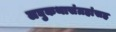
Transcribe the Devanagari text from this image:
लघुकथासंग्रहांसह